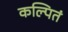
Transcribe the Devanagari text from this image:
कल्पितं